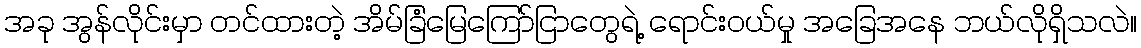
အခု အွန်လိုင်းမှာ တင်ထားတဲ့ အိမ်ခြံမြေကြော်ငြာတွေရဲ့ ရောင်းဝယ်မှု အခြေအနေ ဘယ်လိုရှိသလဲ။